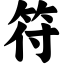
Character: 符